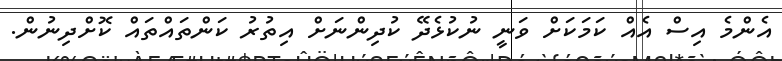
އެންމެ އިސް އެއް ކަމަކަށް ވަނީ ނުކުޅެދޭ ކުދިންނަށް އިތުރު ކަންތައްތައް ކޮށްދިނުން.